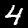
Digit: 4